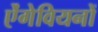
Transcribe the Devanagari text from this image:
ऐंगेवियनों